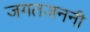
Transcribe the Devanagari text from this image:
जगतजननी